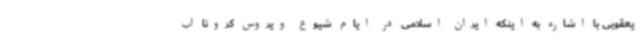
یعقوبی با اشاره به اینکه ایران اسلامی در ایام شیوع ویروس کرونا اب